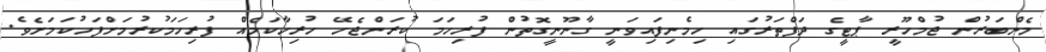
މެންބަރުން ޖުމްހޫރީ ޕާޓީގެ ދަފްތަރުގައި ހިމެނިފައިވަނީ ގާނޫނީގޮތުން ފުރިހަމަ ކުރަންޖެހޭ ހުރިހާކަމެއް ފުރިހަމަކުރުމަށްފަހުކަމަށެވެ.